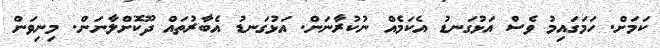
ކަމަށް. ހަމަގައިމު ވެސް އަޅުގަނޑު އެކަމެއް ނުކުރާނަން. އަޅުގަނޑު އެބާރުތައް ދޫކޮށްލާނަން. މިނިވަން